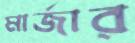
মার্জার